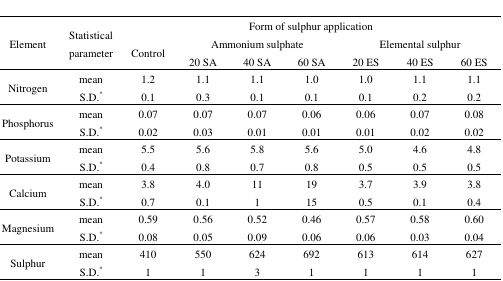
<table><thead><tr><td rowspan="3"><b>Element</b></td><td rowspan="3"><b>Statistical parameter</b></td><td rowspan="3"><b>Control</b></td><td colspan="6"><b>Form of sulphur application</b></td></tr><tr><td colspan="3"><b>Ammonium sulphate</b></td><td colspan="3"><b>Elemental sulphur</b></td></tr><tr><td><b>20 SA</b></td><td><b>40 SA</b></td><td><b>60 SA</b></td><td><b>20 ES</b></td><td><b>40 ES</b></td><td><b>60 ES</b></td></tr></thead><tbody><tr><td rowspan="2">Nitrogen</td><td>mean</td><td>1.2</td><td>1.1</td><td>1.1</td><td>1.0</td><td>1.0</td><td>1.1</td><td>1.1</td></tr><tr><td>S.D.*</td><td>0.1</td><td>0.3</td><td>0.1</td><td>0.1</td><td>0.1</td><td>0.2</td><td>0.2</td></tr><tr><td rowspan="2">Phosphorus</td><td>mean</td><td>0.07</td><td>0.07</td><td>0.07</td><td>0.06</td><td>0.06</td><td>0.07</td><td>0.08</td></tr><tr><td>S.D.*</td><td>0.02</td><td>0.03</td><td>0.01</td><td>0.01</td><td>0.01</td><td>0.02</td><td>0.02</td></tr><tr><td rowspan="2">Potassium</td><td>mean</td><td>5.5</td><td>5.6</td><td>5.8</td><td>5.6</td><td>5.0</td><td>4.6</td><td>4.8</td></tr><tr><td>S.D.*</td><td>0.4</td><td>0.8</td><td>0.7</td><td>0.8</td><td>0.5</td><td>0.5</td><td>0.5</td></tr><tr><td rowspan="2">Calcium</td><td>mean</td><td>3.8</td><td>4.0</td><td>11</td><td>19</td><td>3.7</td><td>3.9</td><td>3.8</td></tr><tr><td>S.D.*</td><td>0.7</td><td>0.1</td><td>1</td><td>15</td><td>0.5</td><td>0.1</td><td>0.4</td></tr><tr><td rowspan="2">Magnesium</td><td>mean</td><td>0.59</td><td>0.56</td><td>0.52</td><td>0.46</td><td>0.57</td><td>0.58</td><td>0.60</td></tr><tr><td>S.D.*</td><td>0.08</td><td>0.05</td><td>0.09</td><td>0.06</td><td>0.06</td><td>0.03</td><td>0.04</td></tr><tr><td rowspan="2">Sulphur</td><td>mean</td><td>410</td><td>550</td><td>624</td><td>692</td><td>613</td><td>614</td><td>627</td></tr><tr><td>S.D.*</td><td>1</td><td>1</td><td>3</td><td>1</td><td>1</td><td>1</td><td>1</td></tr></tbody></table>